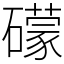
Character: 礞